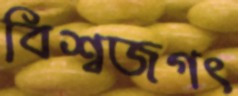
বিশ্বজগৎ